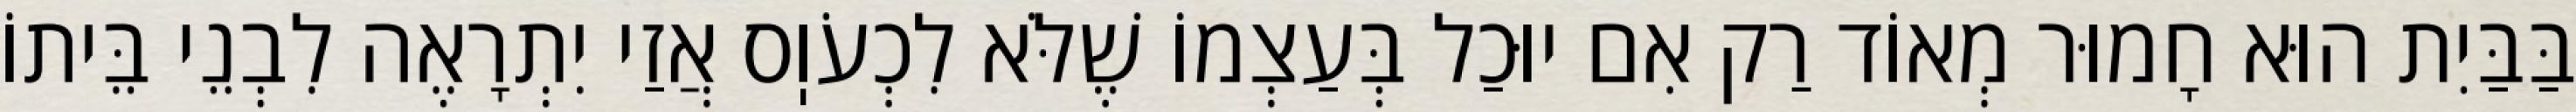
בַּבַּיִת הוּא חָמוּר מְאוֹד רַק אִם יוּכַל בְּעַצְמוֹ שֶׁלֹּא לִכְעֹוֽס אֲזַי יִתְרָאֶה לִבְנֵי בֵּיתוֹ